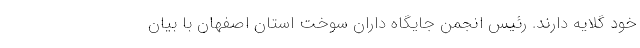
خود گلایه دارند. رئیس انجمن جایگاه داران سوخت استان اصفهان با بیان